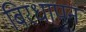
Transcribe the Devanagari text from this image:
बिरधापन